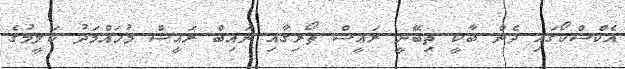
އެކްސްކޯގައި ދެން ބާކީ ތިބޭނީ ރައީސް ތޯރިގާއި ނައިބް ރައީސް މުހައްމަދު ކަލީމުގެ